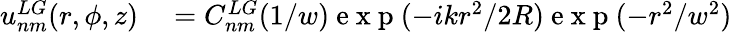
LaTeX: \begin{array}{rl}{u_{nm}^{LG}(r,\phi,z)}&{{}=C_{nm}^{LG}(1/w)\mathrm{~e~x~p~}(-ikr^{2}/2R)\mathrm{~e~x~p~}(-r^{2}/w^{2})}\end{array}